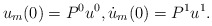
\begin{align*} u_m(0)=P^0 u^0, \dot u_m(0)=P^1 u^1.\end{align*}